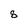
Character: 8